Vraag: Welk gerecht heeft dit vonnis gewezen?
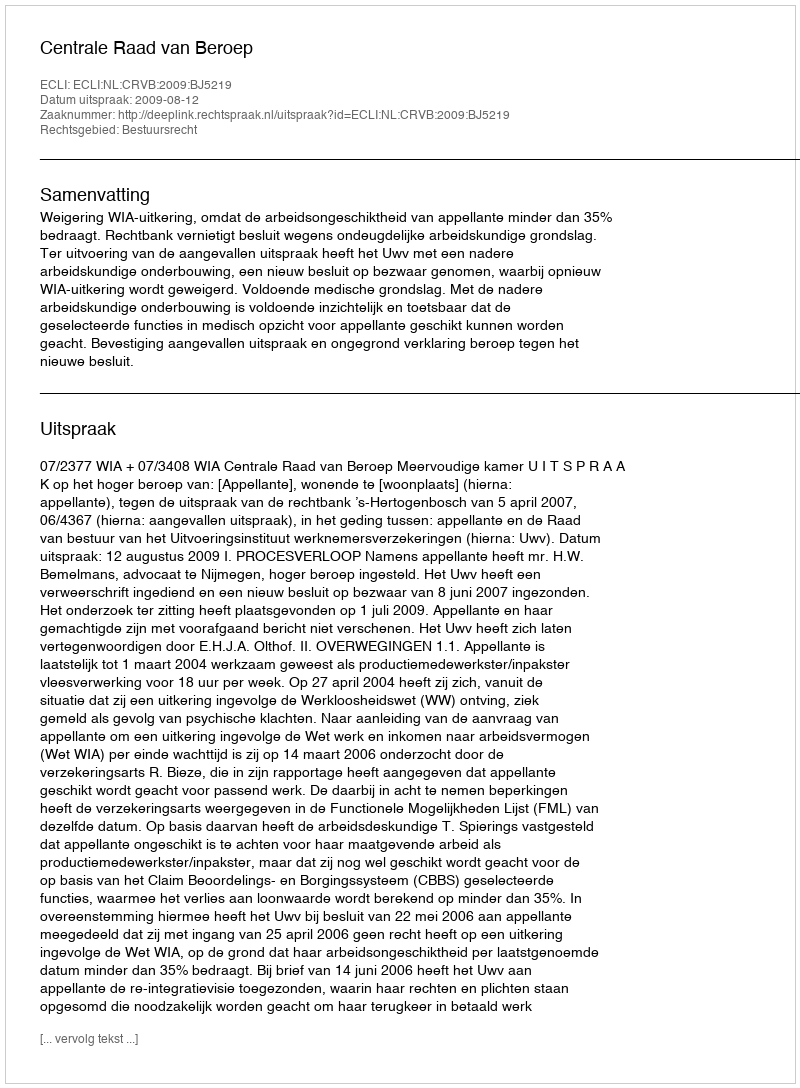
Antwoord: Centrale Raad van Beroep